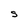
Character: S